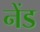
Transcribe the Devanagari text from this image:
नेंड